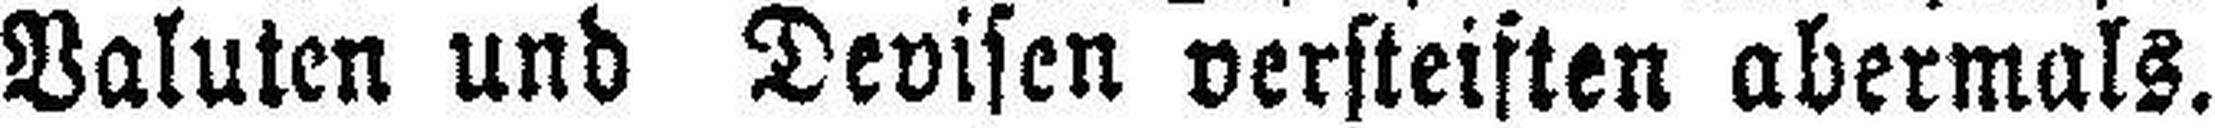
Valuten und Devisen versteiften abermals.